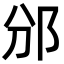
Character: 邠